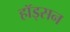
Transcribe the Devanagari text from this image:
हॉड्सन